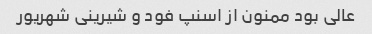
عالی بود ممنون از اسنپ فود و شیرینی شهریور